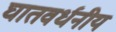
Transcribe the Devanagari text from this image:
घातवर्धनीय